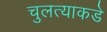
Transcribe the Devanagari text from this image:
चुलत्याकडे